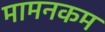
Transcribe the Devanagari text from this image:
मामनकम